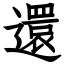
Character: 還